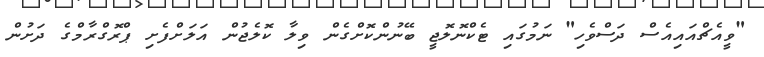
"ވީއެޗްއައިއެސް ދަސްވެހި" ނަމުގައި ޓެކްނޮލޮޖީ ބޭނުންކޮށްގެން ވިލާ ކޮލެޖުން އަލަށްފެށި ޕްރޮގްރާމްގެ ދަށުން